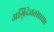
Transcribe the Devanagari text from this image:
अग्निदेवता।।।।।।